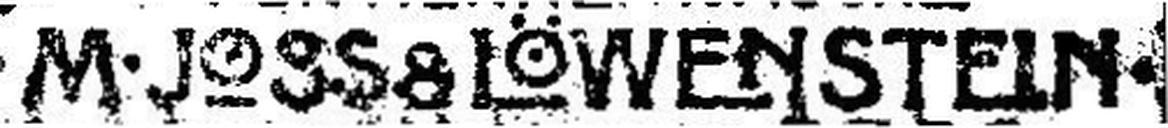
• M • JO8S8 LÖWENSTEIN •